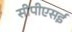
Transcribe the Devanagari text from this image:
सीपीएसई